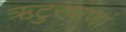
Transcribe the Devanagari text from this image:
ऋटुरषाणां